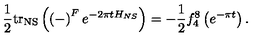
\frac { 1 } { 2 } \mathrm { t r } _ { \mathrm { \tiny N S } } \left( \left( - \right) ^ { F } e ^ { - 2 \pi t H _ { N S } } \right) = - \frac { 1 } { 2 } f _ { 4 } ^ { 8 } \left( e ^ { - \pi t } \right) .